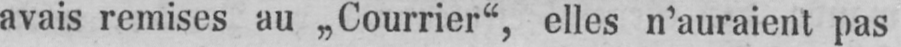
avais remises au „Courrier“, elles n’auraient pas